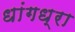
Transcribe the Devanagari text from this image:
धांगध्रा